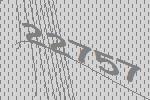
22757